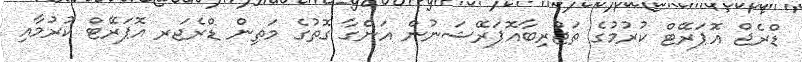
ޑްރެޖް އޮޕަރޭޓް ކުރުމުގެ ތަޖުރިބާއޮޕަރޭޝަނުން އަންގާ ގޮތުގެ މަތިން ޑްރެޖަރ އޮޕަރޭޓް ކުރުމާއި